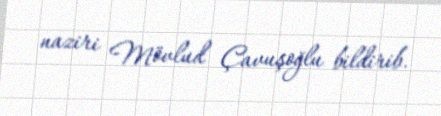
naziri Mövlud Çavuşoğlu bildirib.